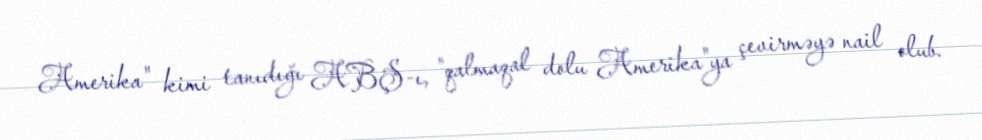
Amerika" kimi tanıdığı ABŞ-ı, "qalmaqal dolu Amerika"ya çevirməyə nail olub.